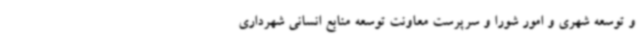
و توسعه شهری و امور شورا و سرپرست معاونت توسعه منابع انسانی شهرداری